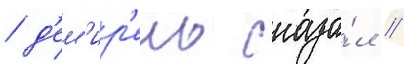
/ д'ем'ир'ель сказа́л //